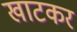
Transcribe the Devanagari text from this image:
खाटकर